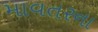
માવતરના